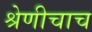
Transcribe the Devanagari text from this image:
श्रेणीचाच